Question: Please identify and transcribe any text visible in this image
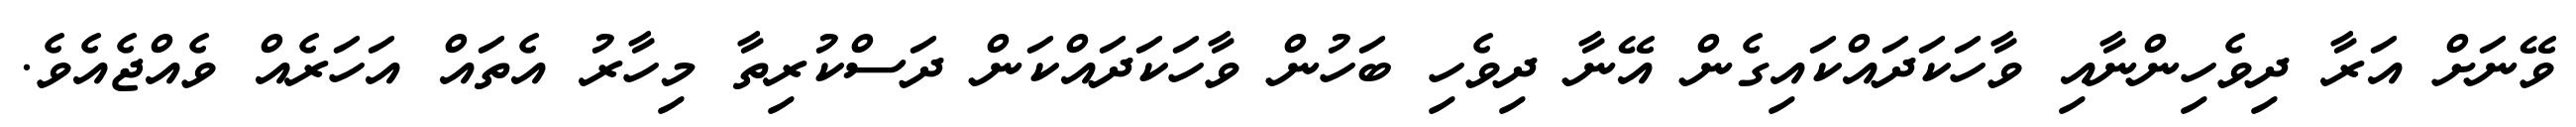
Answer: ވޭނަށް އަރާ ދިވެހިންނާއި ވާހަކަދައްކައިގެން އޭނާ ދިވެހި ބަހުން ވާހަކަދައްކަން ދަސްކުރިތާ މިހާރު އެތައް އަހަރެއް ވެއްޖެއެވެ.